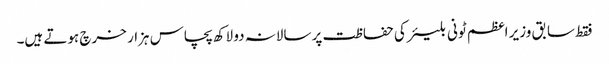
فقط سابق وزیر اعظم ٹونی بلیئر کی حفاظت پر سالانہ دو لاکھ پچاس ہزار خرچ ہوتے ہیں۔